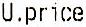
U.PRICE